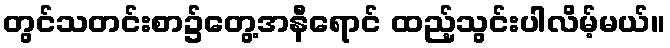
တွင်သတင်းစာ၌တွေ့အနီရောင် ထည့်သွင်းပါလိမ့်မယ်။